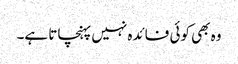
وہ بھی کوئی فائدہ نہیں پہنچاتا ہے۔